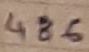
Text: 486